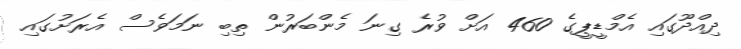
ދިއްދޫގައި އެމްޑީޕީގެ 460 އަށް ވުރެ ގިނަ މެންބަރުން ތިބި ނަމަވެސް އެރަށުގައި